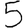
Digit: 5